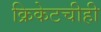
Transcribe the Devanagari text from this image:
क्रिकेटचीही